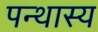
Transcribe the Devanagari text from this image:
पन्थास्य